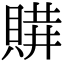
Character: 𧶩